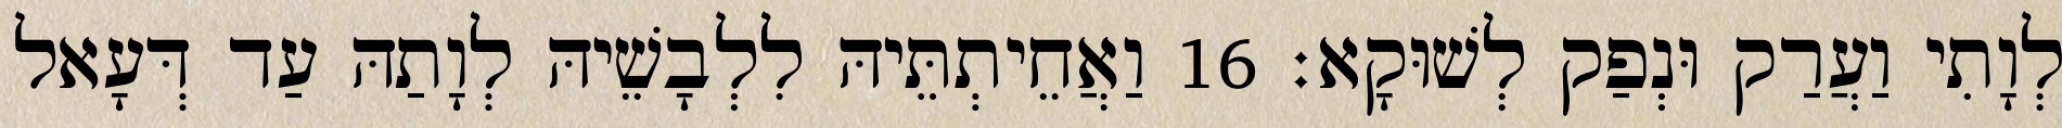
לְוָתִי וַעֲרַק וּנְפַק לְשׁוּקָא׃ 16 וַאֲחֵיתְתֵּיהּ לִלְבָשֵׁיהּ לְוָתַהּ עַד דְּעָאל